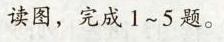
读图，完成1~5题。